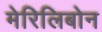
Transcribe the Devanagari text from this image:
मेरिलिबोन